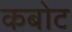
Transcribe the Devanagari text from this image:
कबोट